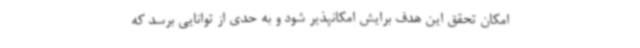
امکان تحقق این هدف برایش امکانپذیر شود و به حدی از توانایی برسد که